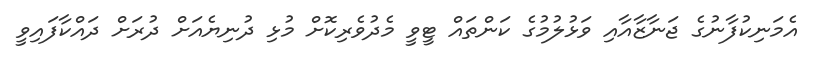
އެމަނިކުފާނުގެ ޖަނާޒާއާއި ވަޅުލުމުގެ ކަންތައް ޓީވީ މެދުވެރިކޮށް މުޅި ދުނިޔެއަށް ދުރަށް ދައްކާފައިވީ